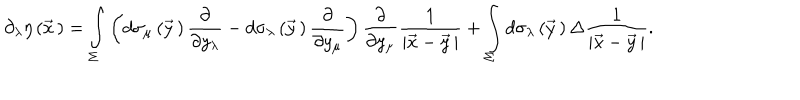
\partial _ { \lambda } \eta \left( \vec { x } { \, } \right) = \int _ { \Sigma } ^ { } \left( d \sigma _ { \mu } \left( \vec { y } { \, } \right) \frac { \partial } { \partial y _ { \lambda } } - d \sigma _ { \lambda } \left( \vec { y } { \, } \right) \frac { \partial } { \partial y _ { \mu } } \right) \frac { \partial } { \partial y _ { \mu } } \frac { 1 } { \left| \vec { x } - \vec { y } { \, } \right| } + \int _ { \Sigma } ^ { } d \sigma _ { \lambda } \left( \vec { y } { \, } \right) \Delta \frac { 1 } { \left| \vec { x } - \vec { y } { \, } \right| } .